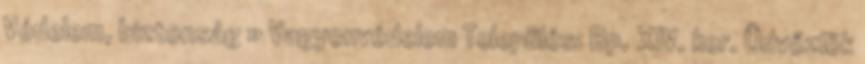
Védelem, biztonság » Vagyonvédelem Település: Bp. XIV. ker. Üdvőzlök